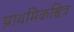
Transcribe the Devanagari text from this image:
प्राथमिकश्वित्र